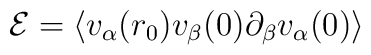
{\cal E } = \left \langle v_{\alpha}(r_0) v_{\beta}(0)\partial_{\beta}v_{\alpha}(0) \right \rangle